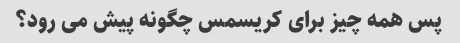
پس همه چیز برای کریسمس چگونه پیش می رود؟